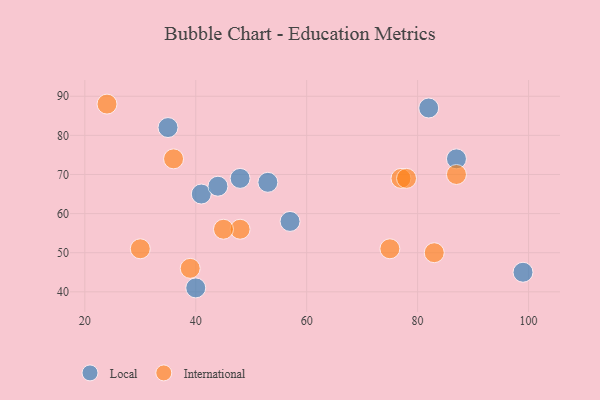
{"axis": {"x": "GDP", "y": "Life Expectancy"}, "legend": ["International", "Local"], "data": [{"x": "35", "y": 82, "type": "Local"}, {"x": "48", "y": 69, "type": "Local"}, {"x": "99", "y": 45, "type": "Local"}, {"x": "41", "y": 65, "type": "Local"}, {"x": "57", "y": 58, "type": "Local"}, {"x": "87", "y": 74, "type": "Local"}, {"x": "82", "y": 87, "type": "Local"}, {"x": "44", "y": 67, "type": "Local"}, {"x": "40", "y": 41, "type": "Local"}, {"x": "53", "y": 68, "type": "Local"}, {"x": "24", "y": 88, "type": "International"}, {"x": "77", "y": 69, "type": "International"}, {"x": "39", "y": 46, "type": "International"}, {"x": "83", "y": 50, "type": "International"}, {"x": "78", "y": 69, "type": "International"}, {"x": "87", "y": 70, "type": "International"}, {"x": "30", "y": 51, "type": "International"}, {"x": "48", "y": 56, "type": "International"}, {"x": "75", "y": 51, "type": "International"}, {"x": "36", "y": 74, "type": "International"}, {"x": "45", "y": 56, "type": "International"}]}